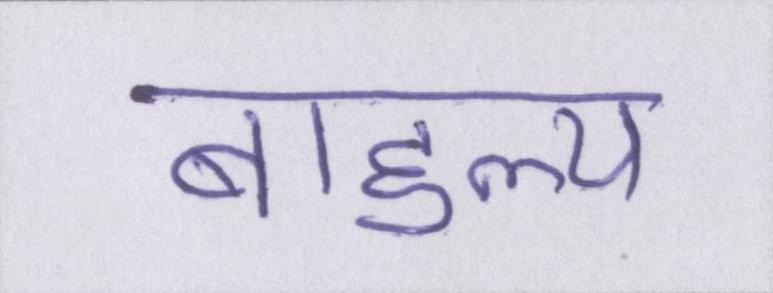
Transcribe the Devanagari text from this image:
बाहुल्य